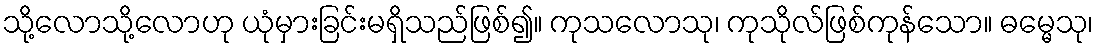
သို့လောသို့လောဟု ယုံမှားခြင်းမရှိသည်ဖြစ်၍။ ကုသလောသု၊ ကုသိုလ်ဖြစ်ကုန်သော။ ဓမ္မေသု၊